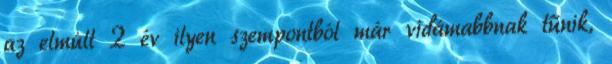
az elmúlt 2 év ilyen szempontból már vidámabbnak tűnik,